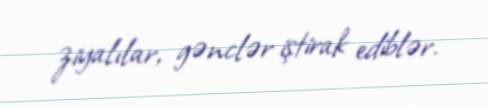
ziyalılar, gənclər iştirak ediblər.